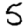
Digit: 5